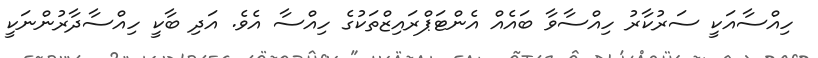
ހިއްސާއަކީ ސަރުކާރު ހިއްސާވާ ބައެއް އެންޓަޕްރައިޒްތަކުގެ ހިއްސާ އެވެ. އަދި ބާކީ ހިއްސާދާރުންނަކީ